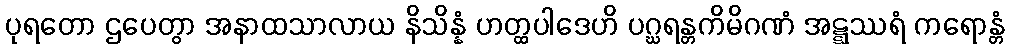
ပုရတော ဌပေတွာ အနာထသာလာယ နိသိန္နံ ဟတ္ထပါဒေဟိ ပဂ္ဃရန္တကိမိဂဏံ အဋ္ဋဿရံ ကရောန္တံ